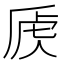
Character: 𰲚